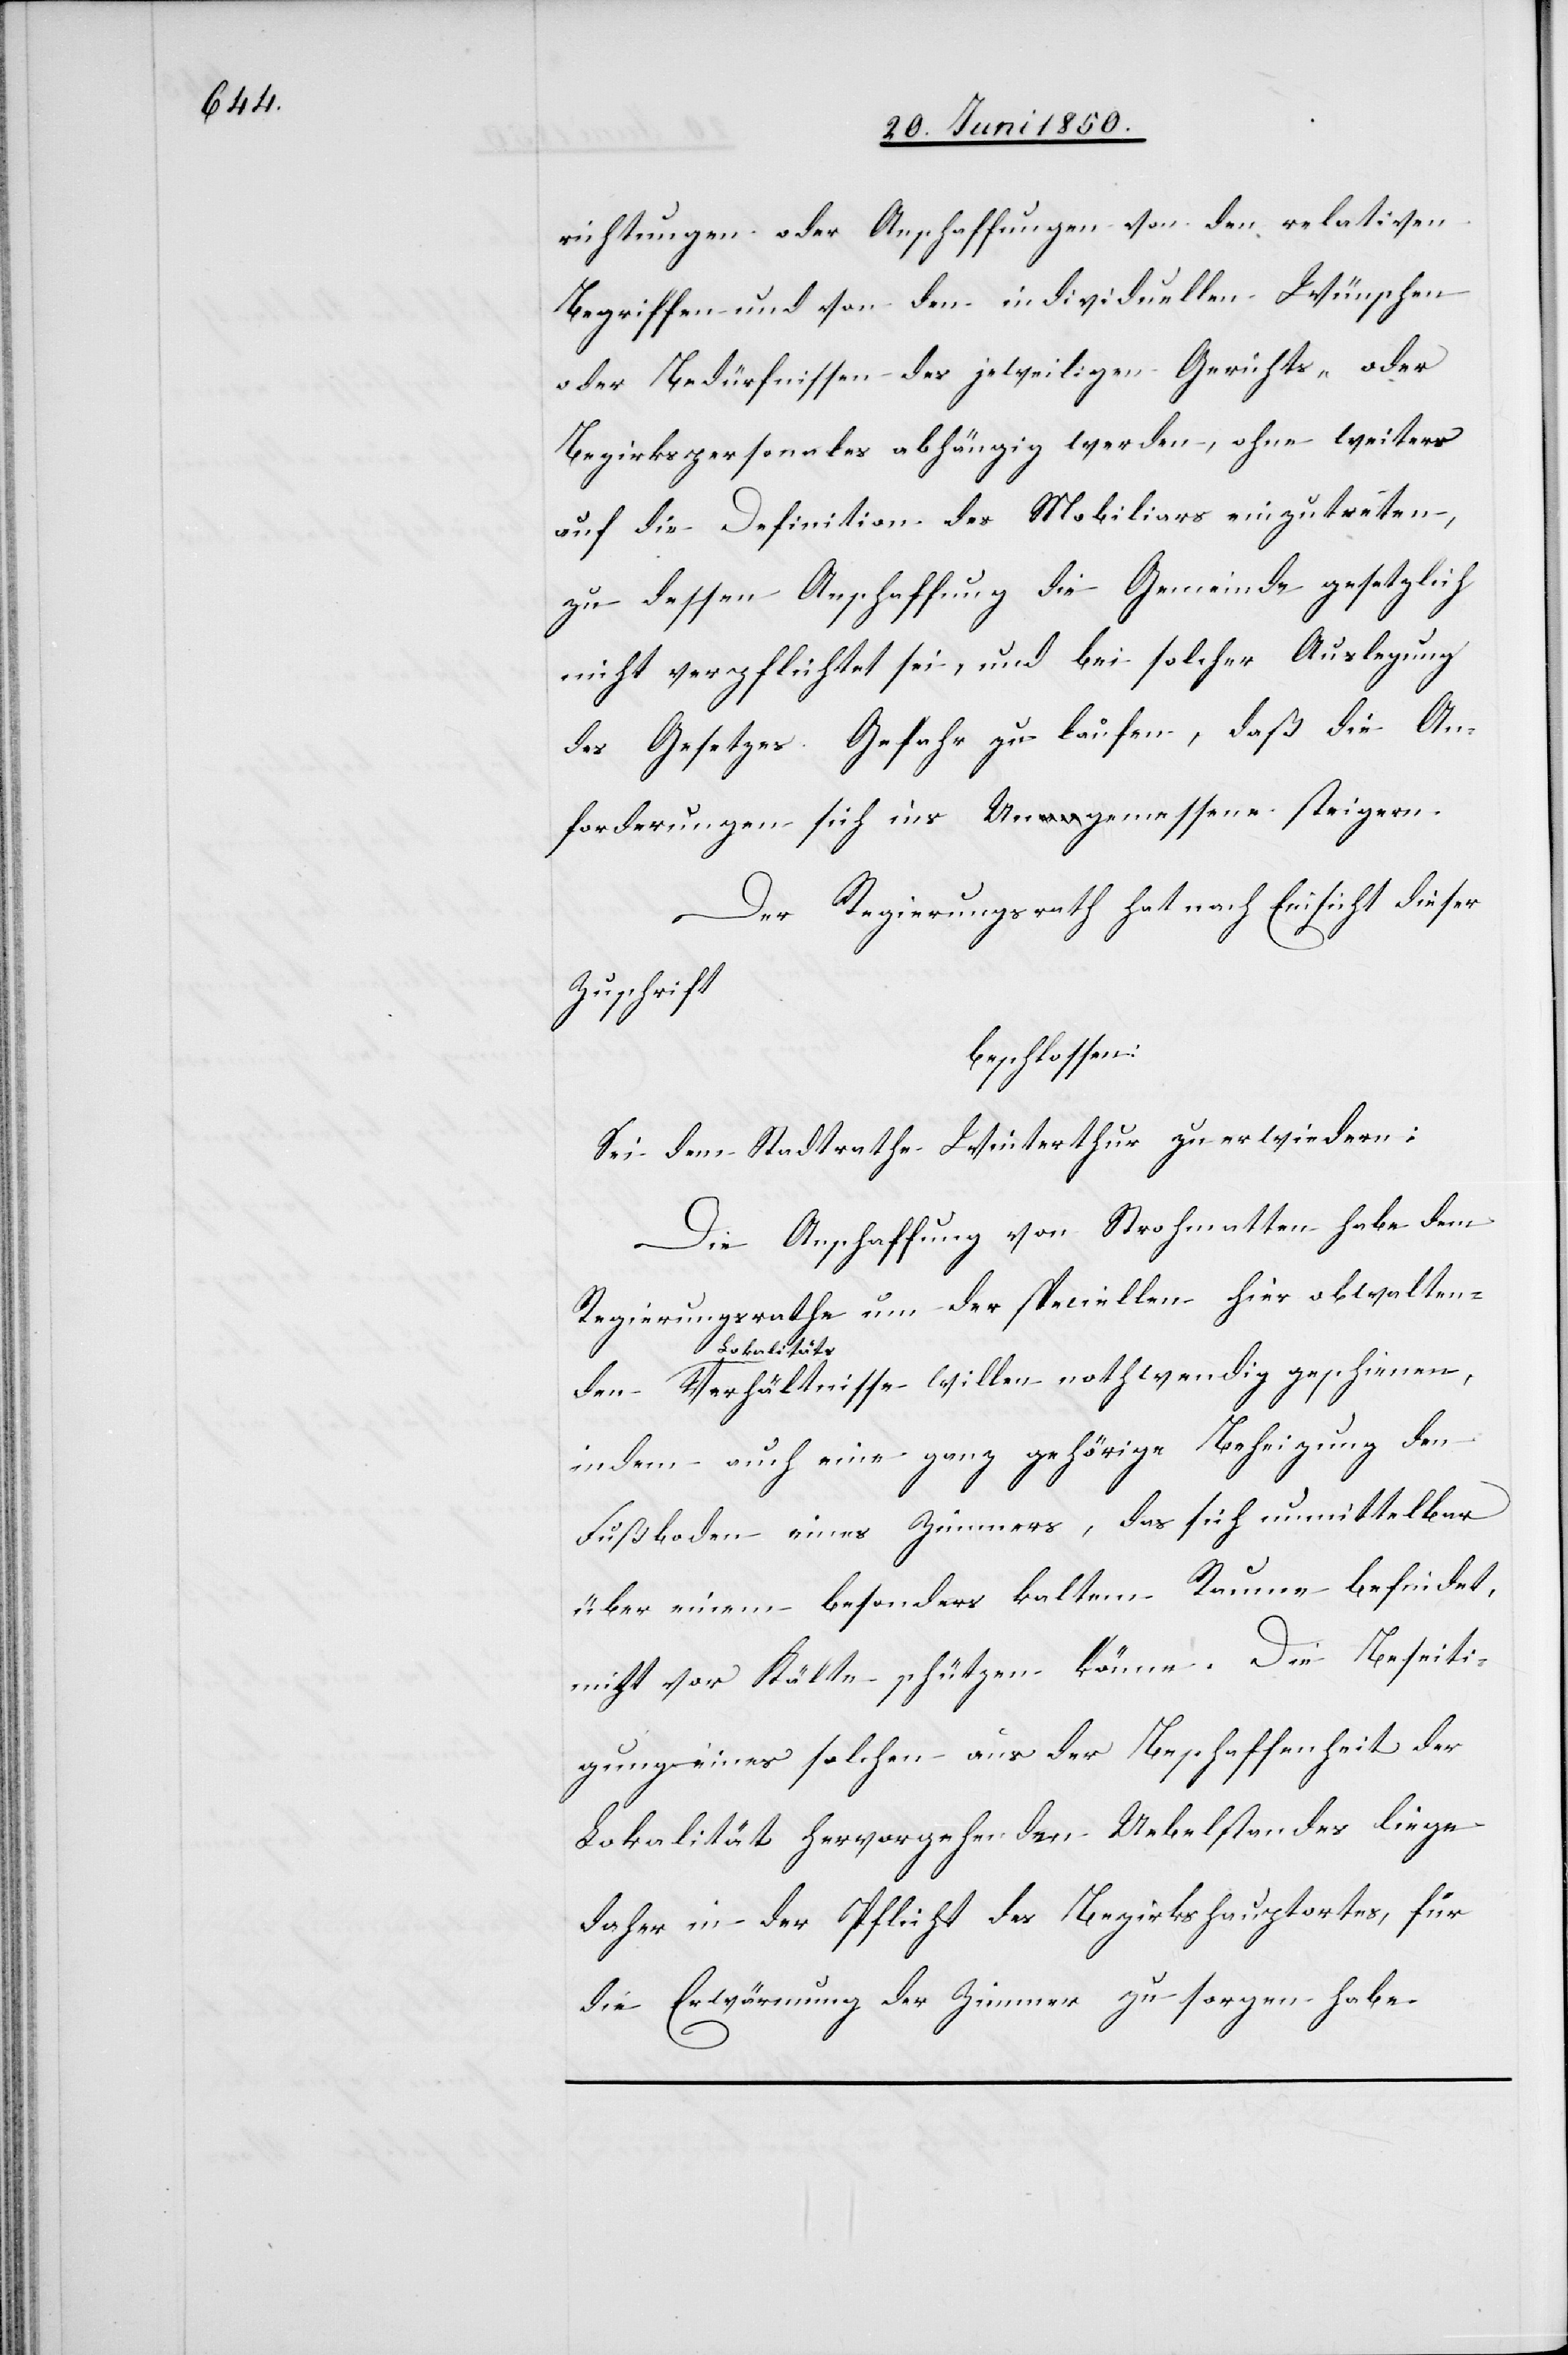
richtungen oder Anschaffungen von den relativen
Begriffen und von den individuellen Wünschen
oder Bedürfnissen des jeweiligen Gerichts- oder
Bezirkspersonales abhängig werden, ohne weiters
auf die Definition des Mobiliars einzutreten,
zu dessen Anschaffung die Gemeinde gesetzlich
nicht verpflichtet sei, und bei solcher Auslegung
des Gesetzes Gefahr zu laufen, daß die An¬
forderungen sich ins Ungemessene steigern.
Der Regierungsrath hat nach Einsicht dieser
Zuschrift
beschlossen:
Sei dem Stadtrathe Winterthur zu erwiedern:
Die Anschaffung von Strohmatten habe dem
Regierungsrathe um der speciellen hier obwalten¬
den Lokalität¬
s Verhältnisse willen nothwendig geschienen,
indem auch eine ganz gehörige Beheizung den
Fußboden eines Zimmers, das sich unmittelbar
über einem besonders kalten Raume befindet,
nicht vor Kälte schützen könne. Die Beseiti¬
gung eines solchen aus der Beschaffenheit der
Lokalität hervorgehenden Uebelstandes liege
daher in der Pflicht des Bezirkshauptortes, [der]
die Erwärmung der Zimmer zu sorgen habe.